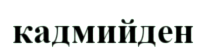
кадмийден